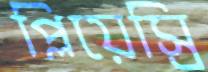
প্লিয়েস্রি